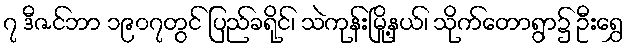
၇ ဒီဇင်ဘာ ၁၉၀၇တွင် ပြည်ခရိုင်၊ သဲကုန်းမြို့နယ်၊ သိုက်တောရွာ၌ ဦးရွှေ